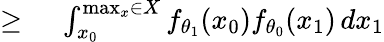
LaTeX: \begin{array}{rl}{\geq{}}&{{}\int_{x_{0}}^{\operatorname*{max}_{x}\in X}f_{\theta_{1}}(x_{0})f_{\theta_{0}}(x_{1})\, dx_{1}}\end{array}